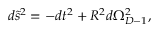
d \tilde { s } ^ { 2 } = - d t ^ { 2 } + R ^ { 2 } d \Omega _ { D - 1 } ^ { 2 } ,